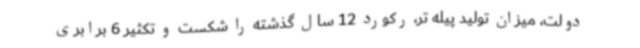
دولت، میزان تولید پیله تر، رکورد 12 سال گذشته را شکست و تکثیر 6 برابری